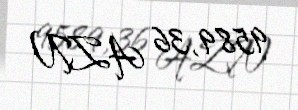
9589,36 AZN